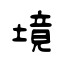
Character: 境